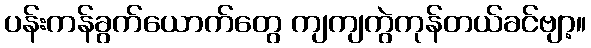
ပန်းကန်ခွက်ယောက်တွေ ကျကျကွဲကုန်တယ်ခင်ဗျာ့။